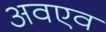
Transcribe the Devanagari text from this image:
अवएव